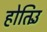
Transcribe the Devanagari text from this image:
होतिउँ